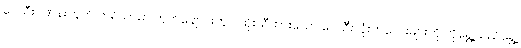
ပေသီးဂဏန်းတွက် ကရိယာမှာ တုတ်ချောင်းတွင် ထိုးသီထားသော ပေသီးလုံးကလေးများကို ဟိုရွှေ့သည်ရွှေ့